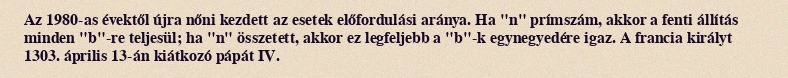
Az 1980-as évektől újra nőni kezdett az esetek előfordulási aránya. Ha "n" prímszám, akkor a fenti állítás minden "b"-re teljesül; ha "n" összetett, akkor ez legfeljebb a "b"-k egynegyedére igaz. A francia királyt 1303. április 13-án kiátkozó pápát IV.